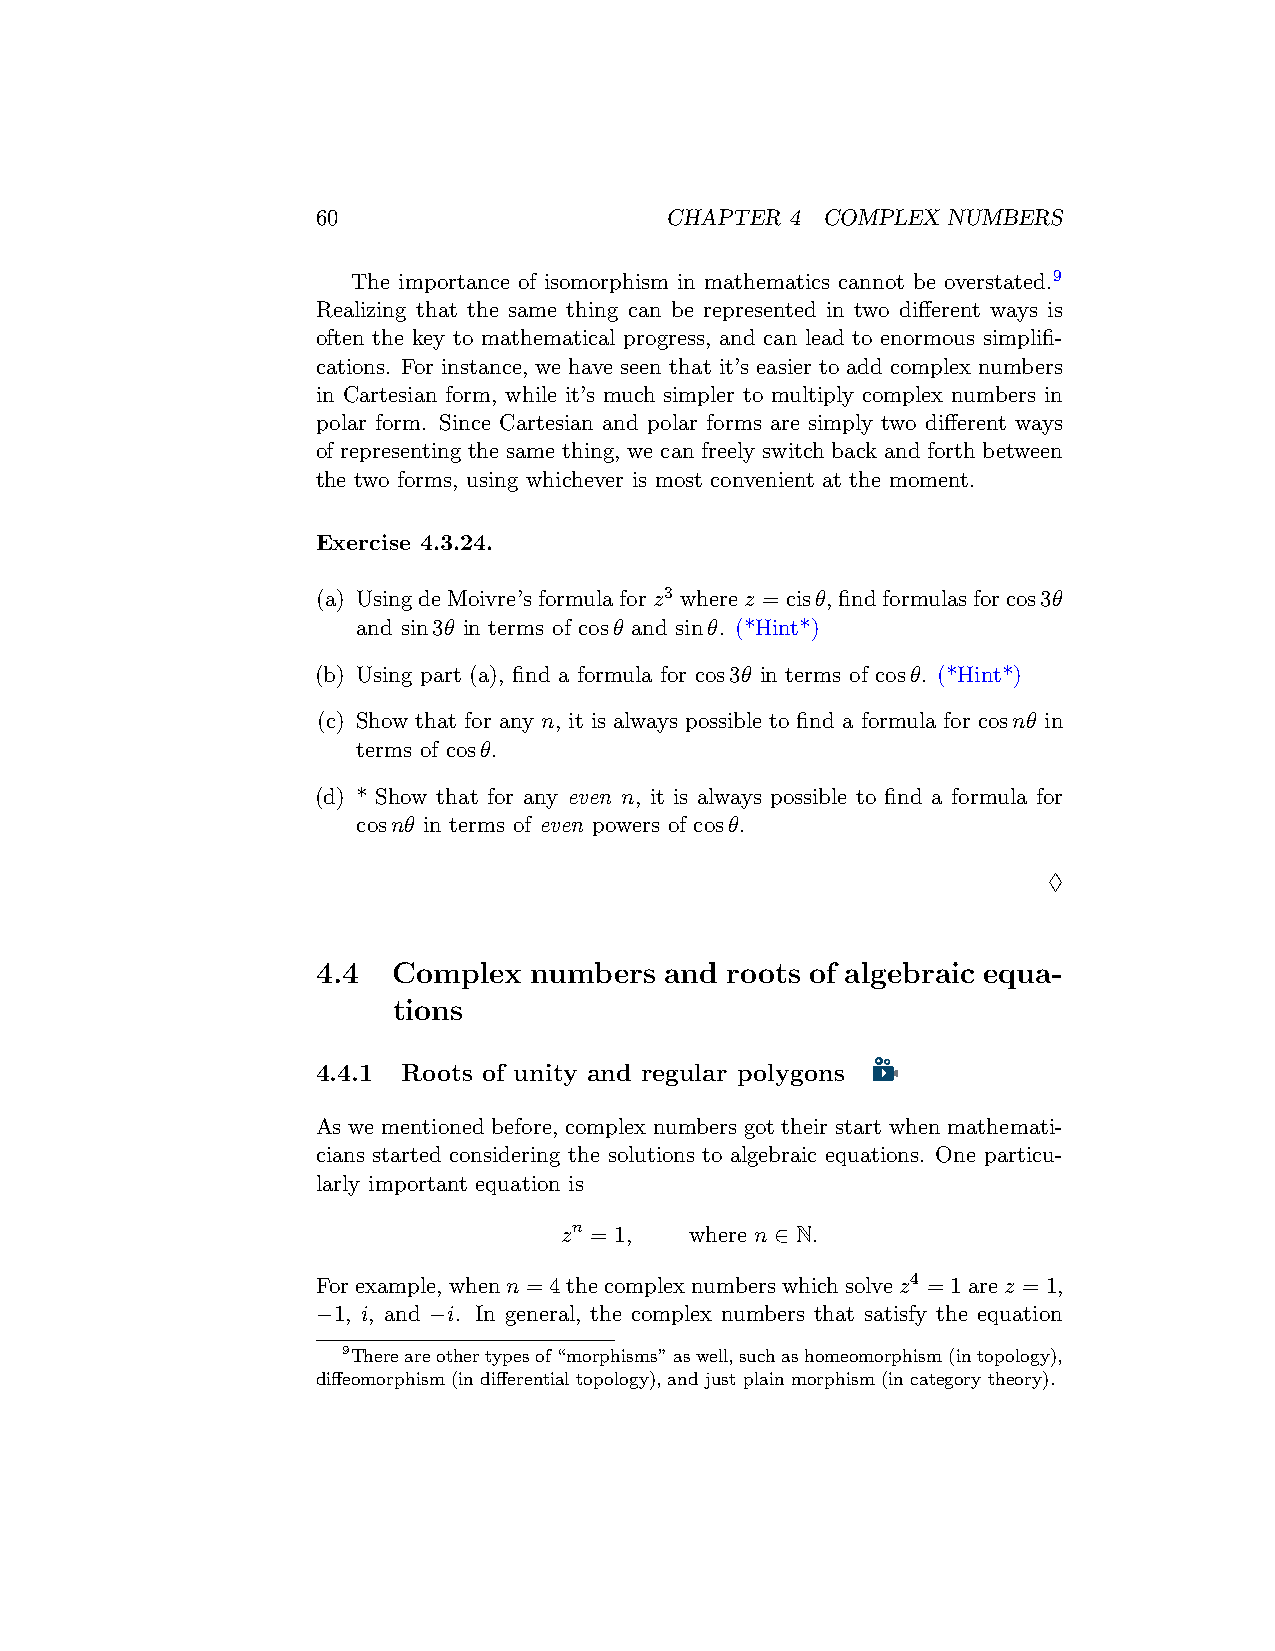
60                     CHAPTER 4 COMPLEX  NUMBERS
 The importance of isomorphism in mathematics cannot be overstated.9
 Realizing that the same thing can be represented in two different ways is
 often the key to mathematical progress, and can lead to enormous simplifi-
 cations. For instance, we have seen that it’s easier to add complex numbers
 in Cartesian form, while it’s much simpler to multiply complex numbers in
 polar form. Since Cartesian and polar forms are simply two different ways
 of representing the same thing, we can freely switch back and forth between
 the two forms, using whichever is most convenient at the moment.
 Exercise 4.3.24.
 (a) UsingdeMoivre’sformulaforz3 wherez = cisθ,findformulasforcos3θ
 and sin3θ in terms of cosθ and sinθ. (*Hint*)
 (b) Using part (a), find a formula for cos3θ in terms of cosθ. (*Hint*)
 (c) Show that for any n, it is always possible to find a formula for cosnθ in
 terms of cosθ.
 (d) * Show that for any even n, it is always possible to find a formula for
 cosnθ in terms of even powers of cosθ.
 ♢
 4.4  Complex  numbers  and roots of algebraic equa-
 tions
 4.4.1 Roots of unity and regular polygons
 As we mentioned before, complex numbers got their start when mathemati-
 cians started considering the solutions to algebraic equations. One particu-
 larly important equation is
 zn = 1,  where n ∈ N.
 Forexample,whenn = 4thecomplexnumberswhichsolvez4 = 1arez = 1,
 −1, i, and −i. In general, the complex numbers that satisfy the equation
 9Thereareothertypesof“morphisms”aswell,suchashomeomorphism(intopology),
 diffeomorphism (in differential topology), and just plain morphism (in category theory).